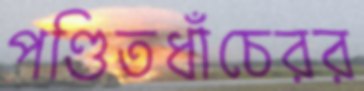
পণ্ডিতধাঁচেরর